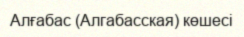
Алғабас (Алгабасская) көшесі